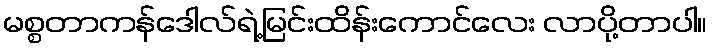
မစ္စတာကန်ဒေါလ်ရဲ့မြင်းထိန်းကောင်လေး လာပို့တာပါ။